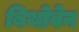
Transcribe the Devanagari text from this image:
बिथोवेन